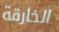
الخارقة